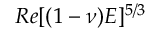
R e [ ( 1 - \nu ) E ] ^ { 5 / 3 }